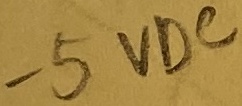
Text: -5VDC